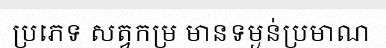
ប្រភេទ សត្វកម្រ មានទម្ងន់ប្រមាណ